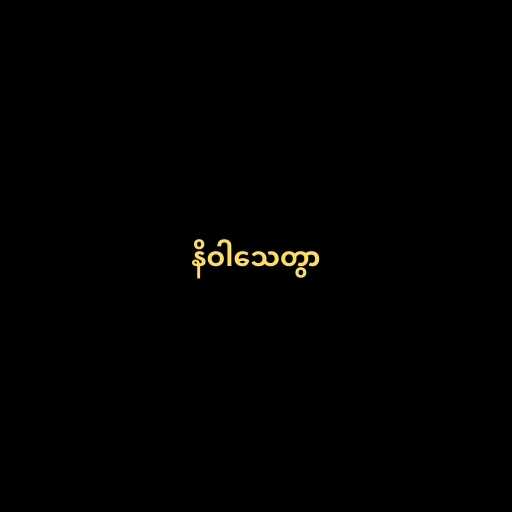
နိဝါသေတွာ